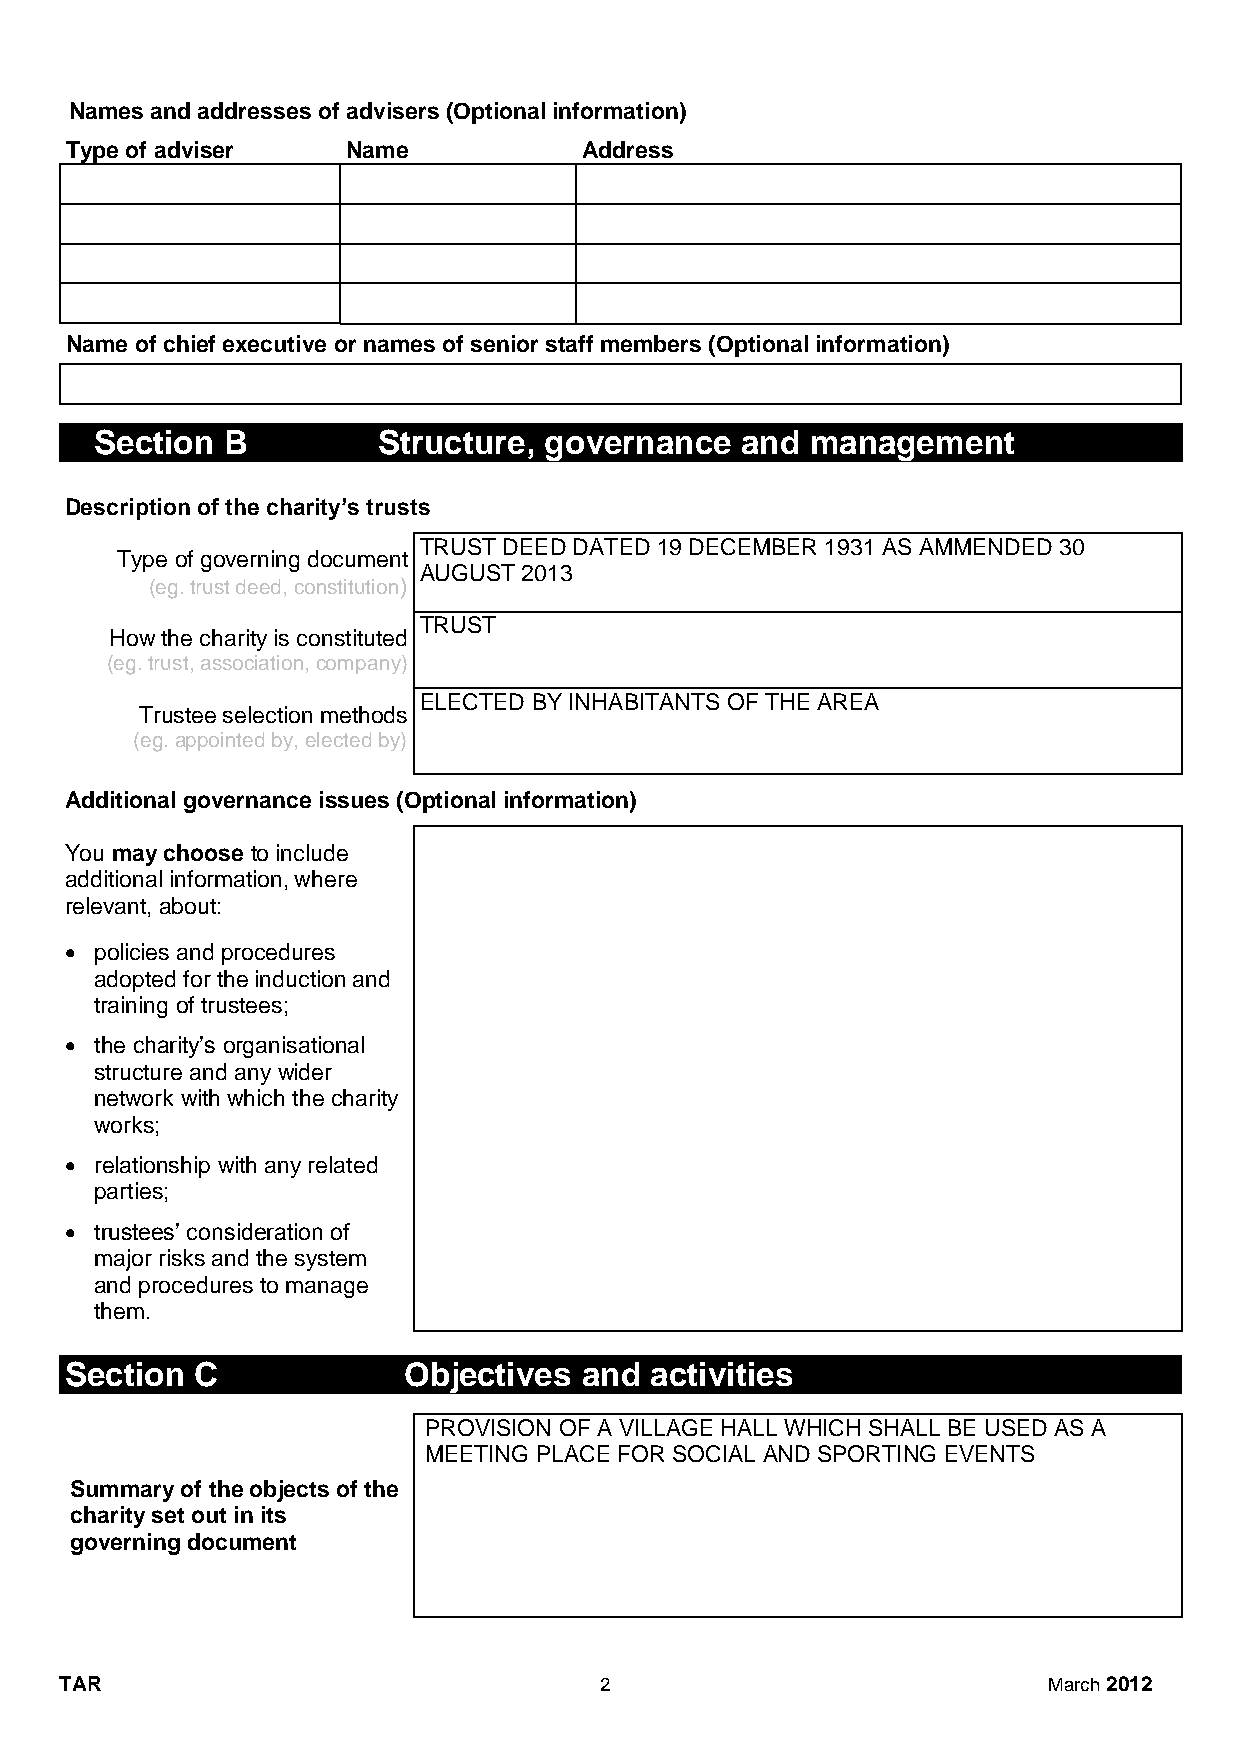
Names and addresses of advisers (Optional information)
 Type of adviser    Name            Address
 Name of chief executive or names of senior staff members (Optional information)
 Section  B         Structure, governance   and  management
 Description of the charity’s trusts
 TRUST DEED DATED 19 DECEMBER 1931 AS AMMENDED 30
 Type of governing document
 AUGUST 2013
 (eg. trust deed, constitution)
 TRUST
 How the charity is constituted
 (eg. trust, association, company)
 ELECTED BY INHABITANTS OF THE AREA
 Trustee selection methods
 (eg. appointed by, elected by)
 Additional governance issues (Optional information)
 You may choose to include
 additional information, where
 relevant, about:
  policies and procedures
 adopted for the induction and
 training of trustees;
  the charity’s organisational
 structure and any wider
 network with which the charity
 works;
  relationship with any related
 parties;
  trustees’ consideration of
 major risks and the system
 and procedures to manage
 them.
 Section  C             Objectives and  activities
 PROVISION OF A VILLAGE HALL WHICH SHALL BE USED AS A
 MEETING PLACE FOR SOCIAL AND SPORTING EVENTS
 Summary of the objects of the
 charity set out in its
 governing document
 TAR                                 2                            March 2012